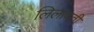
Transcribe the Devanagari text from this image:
लिलावती